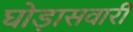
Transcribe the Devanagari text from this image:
घोड़ासवारी